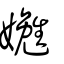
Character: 嬎